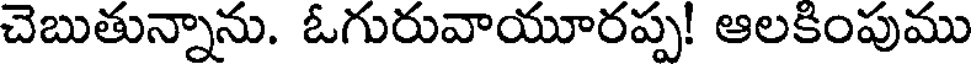
చెబుతున్నాను. ఓగురువాయూరప్ప! ఆలకింపుము